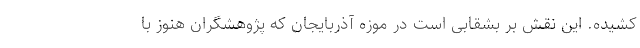
کشیده. این نقش بر بشقابی است در موزه آذربایجان که پژوهشگران هنوز با